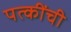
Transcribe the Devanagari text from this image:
पत्कींची